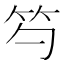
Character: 𥫩